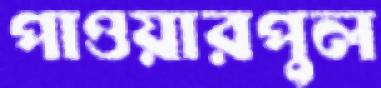
পাওয়ারপুল